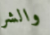
والشر